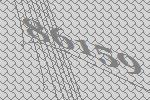
86159